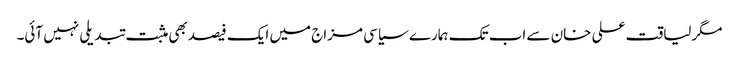
مگرلیاقت علی خان سے اب تک ہمارے سیاسی مزاج میں ایک فیصدبھی مثبت تبدیلی نہیں آئی۔